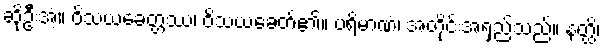
ဆိုဦးအံ့။ ဝိသယခေတ္တဿ၊ ဝိသယခေတ်၏။ ပရိမာဏံ၊ အတိုင်းအရှည်သည်။ နတ္ထိ၊